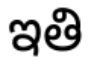
ఇతి